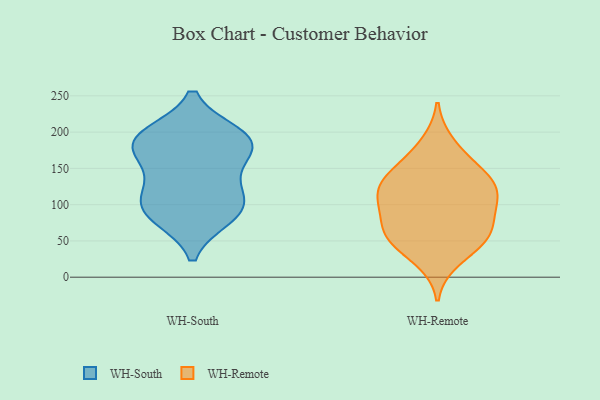
{"axis": {"x": "Backlog", "y": "Value"}, "legend": ["WH-Remote", "WH-South"], "data": [{"x": "", "y": 99, "type": "WH-South"}, {"x": "", "y": 85, "type": "WH-South"}, {"x": "", "y": 193, "type": "WH-South"}, {"x": "", "y": 183, "type": "WH-South"}, {"x": "", "y": 196, "type": "WH-South"}, {"x": "", "y": 122, "type": "WH-South"}, {"x": "", "y": 83, "type": "WH-South"}, {"x": "", "y": 106, "type": "WH-South"}, {"x": "", "y": 187, "type": "WH-South"}, {"x": "", "y": 151, "type": "WH-South"}, {"x": "", "y": 178, "type": "WH-South"}, {"x": "", "y": 158, "type": "WH-Remote"}, {"x": "", "y": 184, "type": "WH-Remote"}, {"x": "", "y": 55, "type": "WH-Remote"}, {"x": "", "y": 116, "type": "WH-Remote"}, {"x": "", "y": 24, "type": "WH-Remote"}, {"x": "", "y": 105, "type": "WH-Remote"}, {"x": "", "y": 135, "type": "WH-Remote"}, {"x": "", "y": 96, "type": "WH-Remote"}, {"x": "", "y": 111, "type": "WH-Remote"}, {"x": "", "y": 129, "type": "WH-Remote"}, {"x": "", "y": 61, "type": "WH-Remote"}, {"x": "", "y": 50, "type": "WH-Remote"}, {"x": "", "y": 75, "type": "WH-Remote"}, {"x": "", "y": 140, "type": "WH-Remote"}, {"x": "", "y": 56, "type": "WH-Remote"}]}